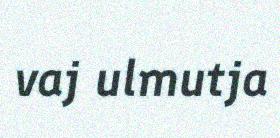
vaj ulmutja